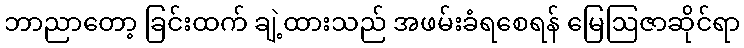
ဘာညာတော့ ခြင်းထက် ချဲ့ထားသည် အဖမ်းခံရစေရန် မြေဩဇာဆိုင်ရာ